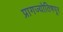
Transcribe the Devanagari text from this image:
प्रागज्योतिषपूर